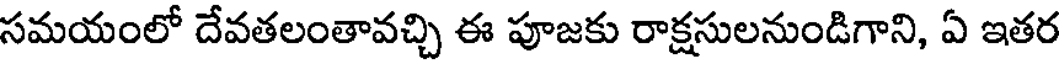
సమయంలో దేవతలంతావచ్చి ఈ పూజకు రాక్షసులనుండిగాని, ఏ ఇతర